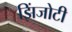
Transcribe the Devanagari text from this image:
झिंजोटी